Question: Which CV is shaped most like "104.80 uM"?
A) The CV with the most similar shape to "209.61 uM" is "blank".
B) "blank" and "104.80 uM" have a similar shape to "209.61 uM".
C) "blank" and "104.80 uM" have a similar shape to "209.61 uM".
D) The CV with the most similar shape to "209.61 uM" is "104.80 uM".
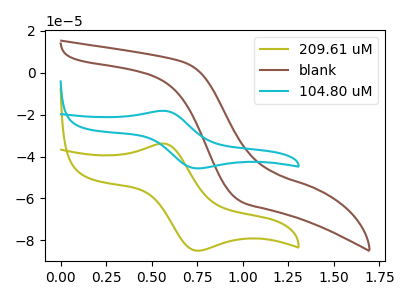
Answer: <think>The olive curve "209.61 uM" has an anodic peak at (0.55V, -33.80uA) and a cathodic peak at (0.75V, -85.00uA). The brown curve "blank" has no peaks. The cyan curve "104.80 uM" has an anodic peak at (0.55V, -18.15uA) and a cathodic peak at (0.75V, -45.65uA).
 "209.61 uM" and "blank" have a different number of peaks. All the peaks in "209.61 uM" have a peak in "104.80 uM" at the same potential. "blank" and "104.80 uM" have a different number of peaks.</think>
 <answer>D) The CV with the most similar shape to "209.61 uM" is "104.80 uM".</answer>
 <eval>D</eval>